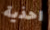
احذية